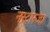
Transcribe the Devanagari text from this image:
नस्टास्जा